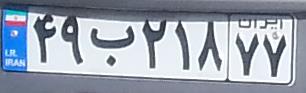
۴۹ب۲۱۸۷۷